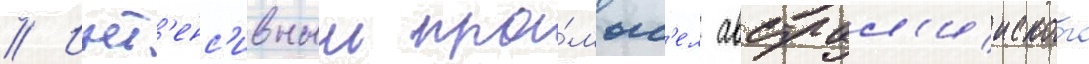
// Инт'енс'ивныи про́мыс'ел австрал'ииского